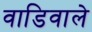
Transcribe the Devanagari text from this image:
वाडिवाले